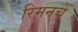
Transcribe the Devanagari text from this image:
रिमनचे